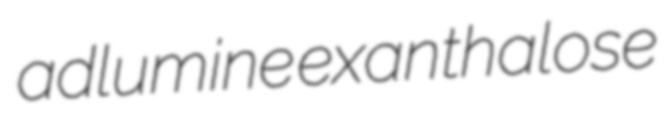
adlumine exanthalose